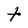
Character: t